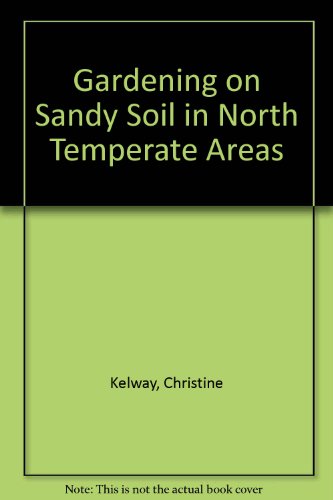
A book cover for Gardening on Sandy Soil in North Temperate Areas; Christine Kelway; Crafts, Hobbies & Home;